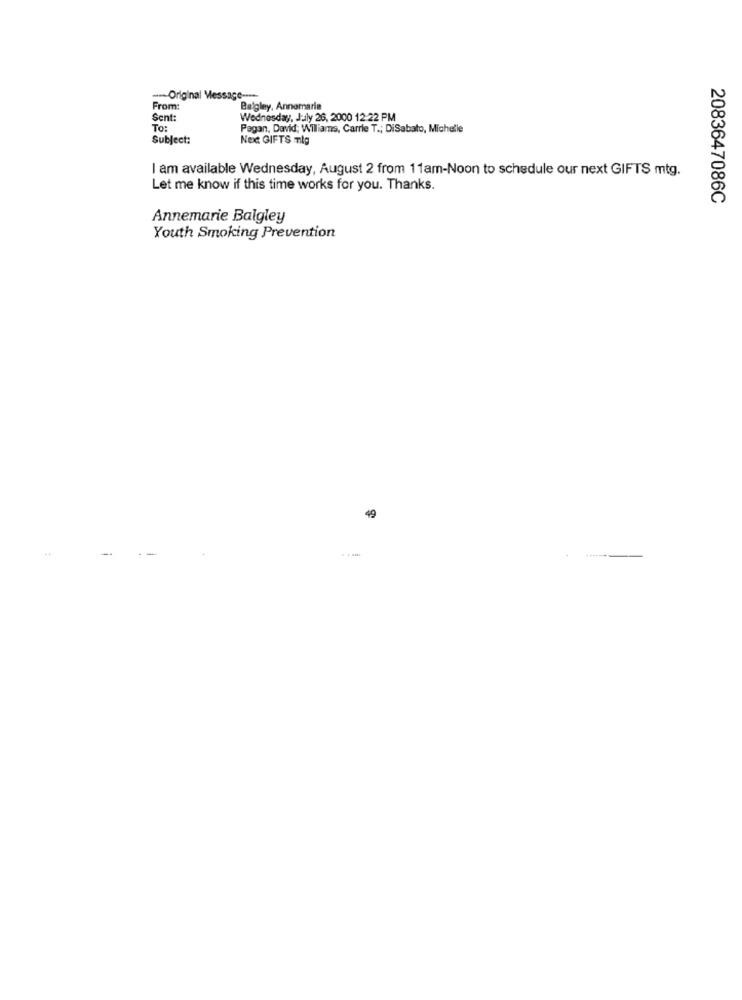
---- Original Message -----
From:
Balgley, Annemarie
Sent:
Wednesday, July 26, 2000 12:22 PM
To:
Pagan, David; Williams, Carrie T .; DiSabato, Michelle
Subject:
Next GIFTS mig
I am available Wednesday, August 2 from 11am-Noon to schedule our next GIFTS mtg.
Let me know if this time works for you. Thanks.
2083647086C
Annemarie Balgley
Youth Smoking Prevention
49